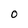
Character: 0